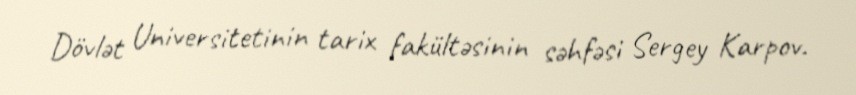
Dövlət Universitetinin tarix fakültəsinin səhfəsi Sergey Karpov.